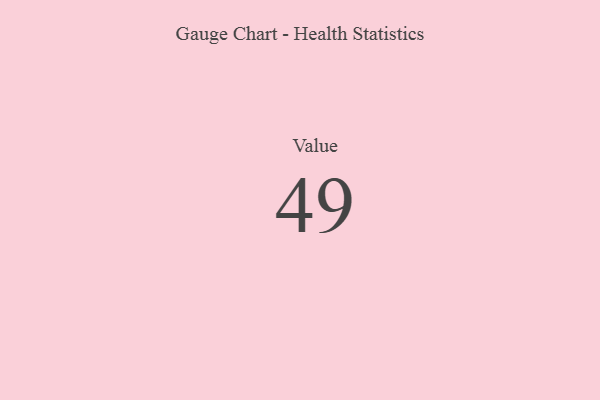
{"axis": {"x": "Metric", "y": "Value"}, "legend": [""], "data": [{"x": "Value", "y": 49, "type": ""}]}